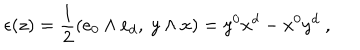
\epsilon ( z ) = { \frac { 1 } { 2 } } ( e _ { 0 } \wedge e _ { d } , \ y \wedge x ) = y ^ { 0 } x ^ { d } - x ^ { 0 } y ^ { d } \ ,